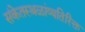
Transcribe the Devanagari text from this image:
संकेतस्थ़ळांव्यतिरिक्त